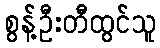
စွန့်ဦးတီထွင်သူ